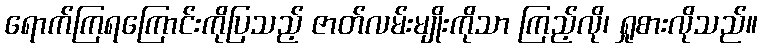
ရောက်ကြရကြောင်းကိုပြသည့် ဇာတ်လမ်းမျိုးကိုသာ ကြည့်လို၊ ရှုစားလိုသည်။